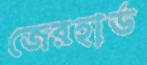
জেরহার্ড